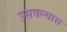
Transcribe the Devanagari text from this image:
उसवल्यास